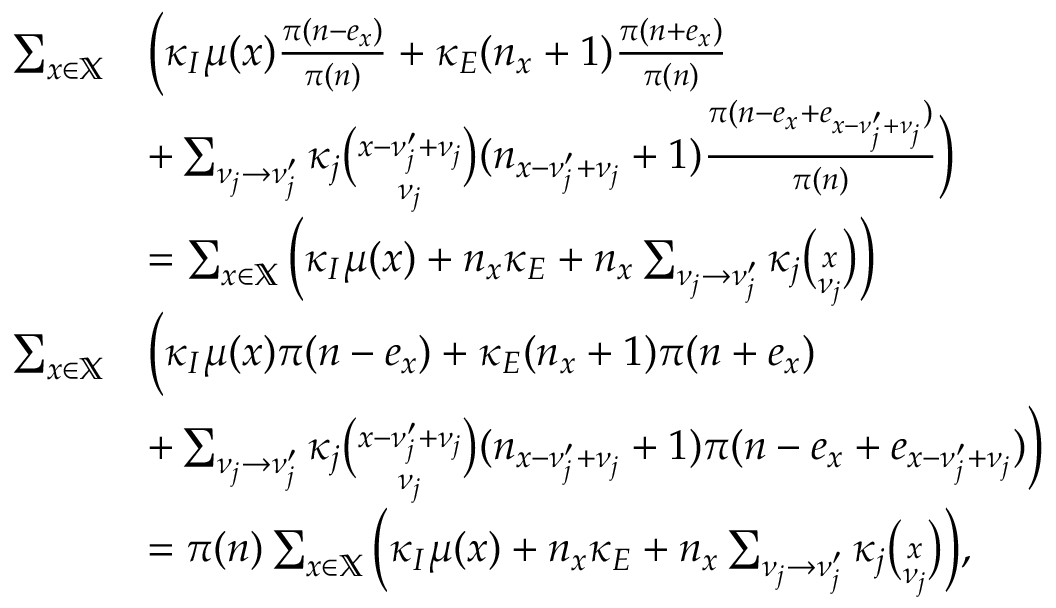
\begin{array} { r l } { \sum _ { x \in \mathbb X } } & { \bigg ( \kappa _ { I } \mu ( x ) \frac { \pi ( n - e _ { x } ) } { \pi ( n ) } + \kappa _ { E } ( n _ { x } + 1 ) \frac { \pi ( n + e _ { x } ) } { \pi ( n ) } } \\ & { + \sum _ { \nu _ { j } \to \nu _ { j } ^ { \prime } } \kappa _ { j } \binom { x - \nu _ { j } ^ { \prime } + \nu _ { j } } { \nu _ { j } } ( n _ { x - \nu _ { j } ^ { \prime } + \nu _ { j } } + 1 ) \frac { \pi ( n - e _ { x } + e _ { x - \nu _ { j } ^ { \prime } + \nu _ { j } } ) } { \pi ( n ) } \bigg ) } \\ & { = \sum _ { x \in \mathbb X } \bigg ( \kappa _ { I } \mu ( x ) + n _ { x } \kappa _ { E } + n _ { x } \sum _ { \nu _ { j } \to \nu _ { j } ^ { \prime } } \kappa _ { j } \binom { x } { \nu _ { j } } \bigg ) } \\ { \sum _ { x \in \mathbb X } } & { \bigg ( \kappa _ { I } \mu ( x ) \pi ( n - e _ { x } ) + \kappa _ { E } ( n _ { x } + 1 ) \pi ( n + e _ { x } ) } \\ & { + \sum _ { \nu _ { j } \to \nu _ { j } ^ { \prime } } \kappa _ { j } \binom { x - \nu _ { j } ^ { \prime } + \nu _ { j } } { \nu _ { j } } ( n _ { x - \nu _ { j } ^ { \prime } + \nu _ { j } } + 1 ) \pi ( n - e _ { x } + e _ { x - \nu _ { j } ^ { \prime } + \nu _ { j } } ) \bigg ) } \\ & { = \pi ( n ) \sum _ { x \in \mathbb X } \bigg ( \kappa _ { I } \mu ( x ) + n _ { x } \kappa _ { E } + n _ { x } \sum _ { \nu _ { j } \to \nu _ { j } ^ { \prime } } \kappa _ { j } \binom { x } { \nu _ { j } } \bigg ) , } \end{array}